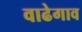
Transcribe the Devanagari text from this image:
वाढेगाव